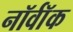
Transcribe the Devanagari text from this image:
नॉर्वॉक